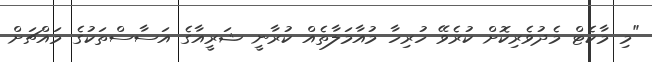
"މި މާކެޓް މެދުވެރިކޮށް ކުރެވޭ ހުރިހާ މުއާމަލާތެއް ކުރާނީ ޝަރީއާގެ އަސާސްތަކުގެ މައްޗަށް